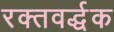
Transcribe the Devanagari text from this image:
रक्तवर्द्धक